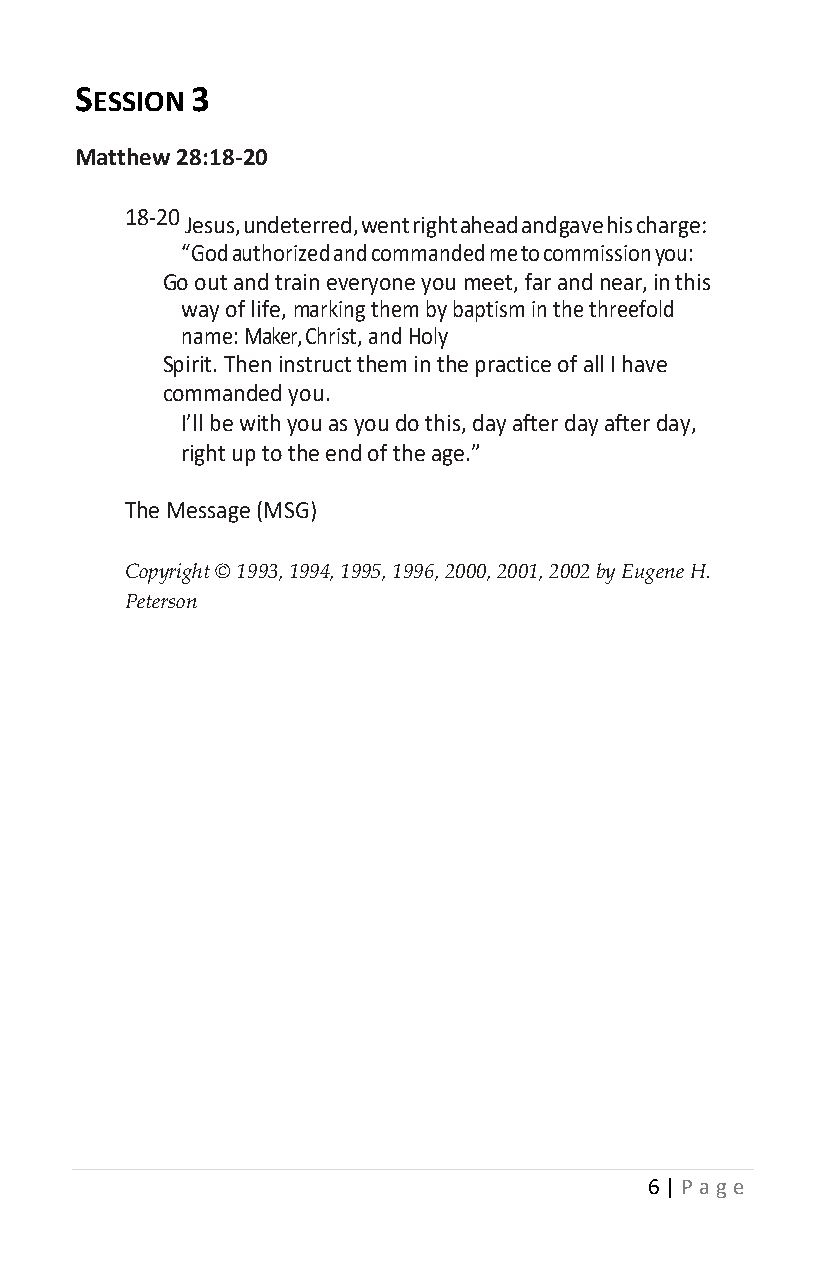
SESSION 3
 Matthew 28:18-20
 18-20
 Jesus, undeterred, went right ahead and gave his charge:
 “God authorized and commanded me to commission you:
 Go out and train everyone you meet, far and near, in this
 way of life, marking them by baptism in the threefold
 name: Maker, Christ, and Holy
 Spirit. Then instruct them in the practice of all I have
 commanded you.
 I’ll be with you as you do this, day after day after day,
 right up to the end of the age.”
 The Message (MSG)
 Copyright © 1993, 1994, 1995, 1996, 2000, 2001, 2002 by Eugene H.
 Peterson
 6 | P age